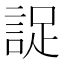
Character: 䛤